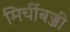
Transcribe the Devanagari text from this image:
मिर्चीबज्जी